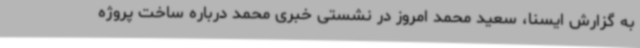
به گزارش ایسنا، سعید محمد امروز در نشستی خبری محمد درباره ساخت پروژه